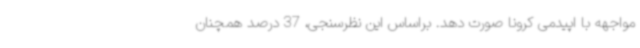
مواجهه با اپیدمی کرونا صورت دهد. براساس این نظرسنجی، 37 درصد همچنان